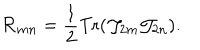
{ \cal R } _ { m n } = \frac { 1 } { 2 } \mathrm { T r } ( { \cal J } _ { 2 m } { \cal J } _ { 2 n } ) .